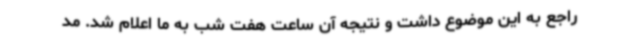
راجع به این موضوع داشت و نتیجه‌ آن ساعت هفت شب به ما اعلام شد. مد